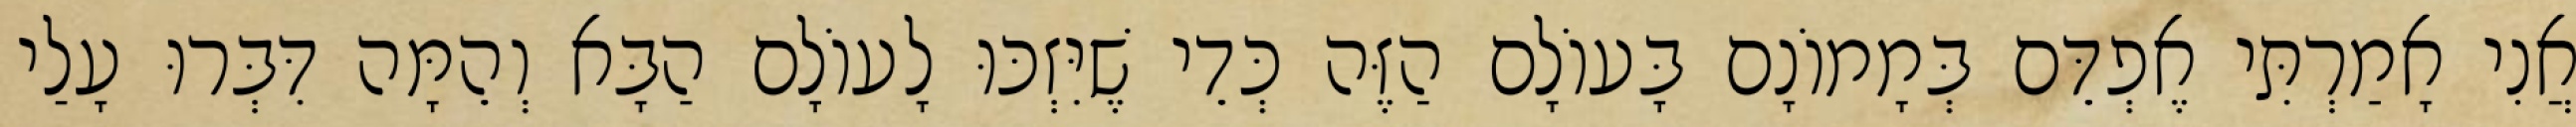
אֲנִי אָמַרְתִּי אֶפְדֵּם בְּמָמוֹנָם בָּעוֹלָם הַזֶּה כְּדֵי שֶׁיִּזְכּוּ לָעוֹלָם הַבָּא וְהֵמָּה דִּבְּרוּ עָלַי